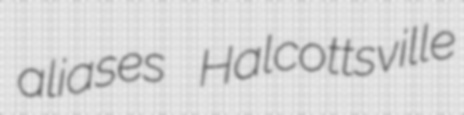
aliases Halcottsville